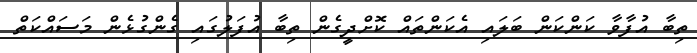
ތިބާ އުފާވާ ކަންކަން ބަލައި އެކަންތައް ކޮށްދީގެން ތިބާ އުފަލުގައި ގެންގުޅެން މަސައްކަތް